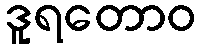
ဒူရတောဝ